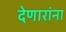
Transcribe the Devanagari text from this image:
देणारांना